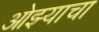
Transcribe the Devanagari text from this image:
ओझ्याचा